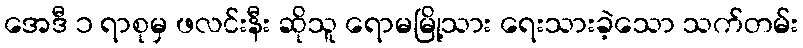
အေဒီ ၁ ရာစုမှ ဖလင်းနီး ဆိုသူ ရောမမြို့သား ရေးသားခဲ့သော သက်တမ်း